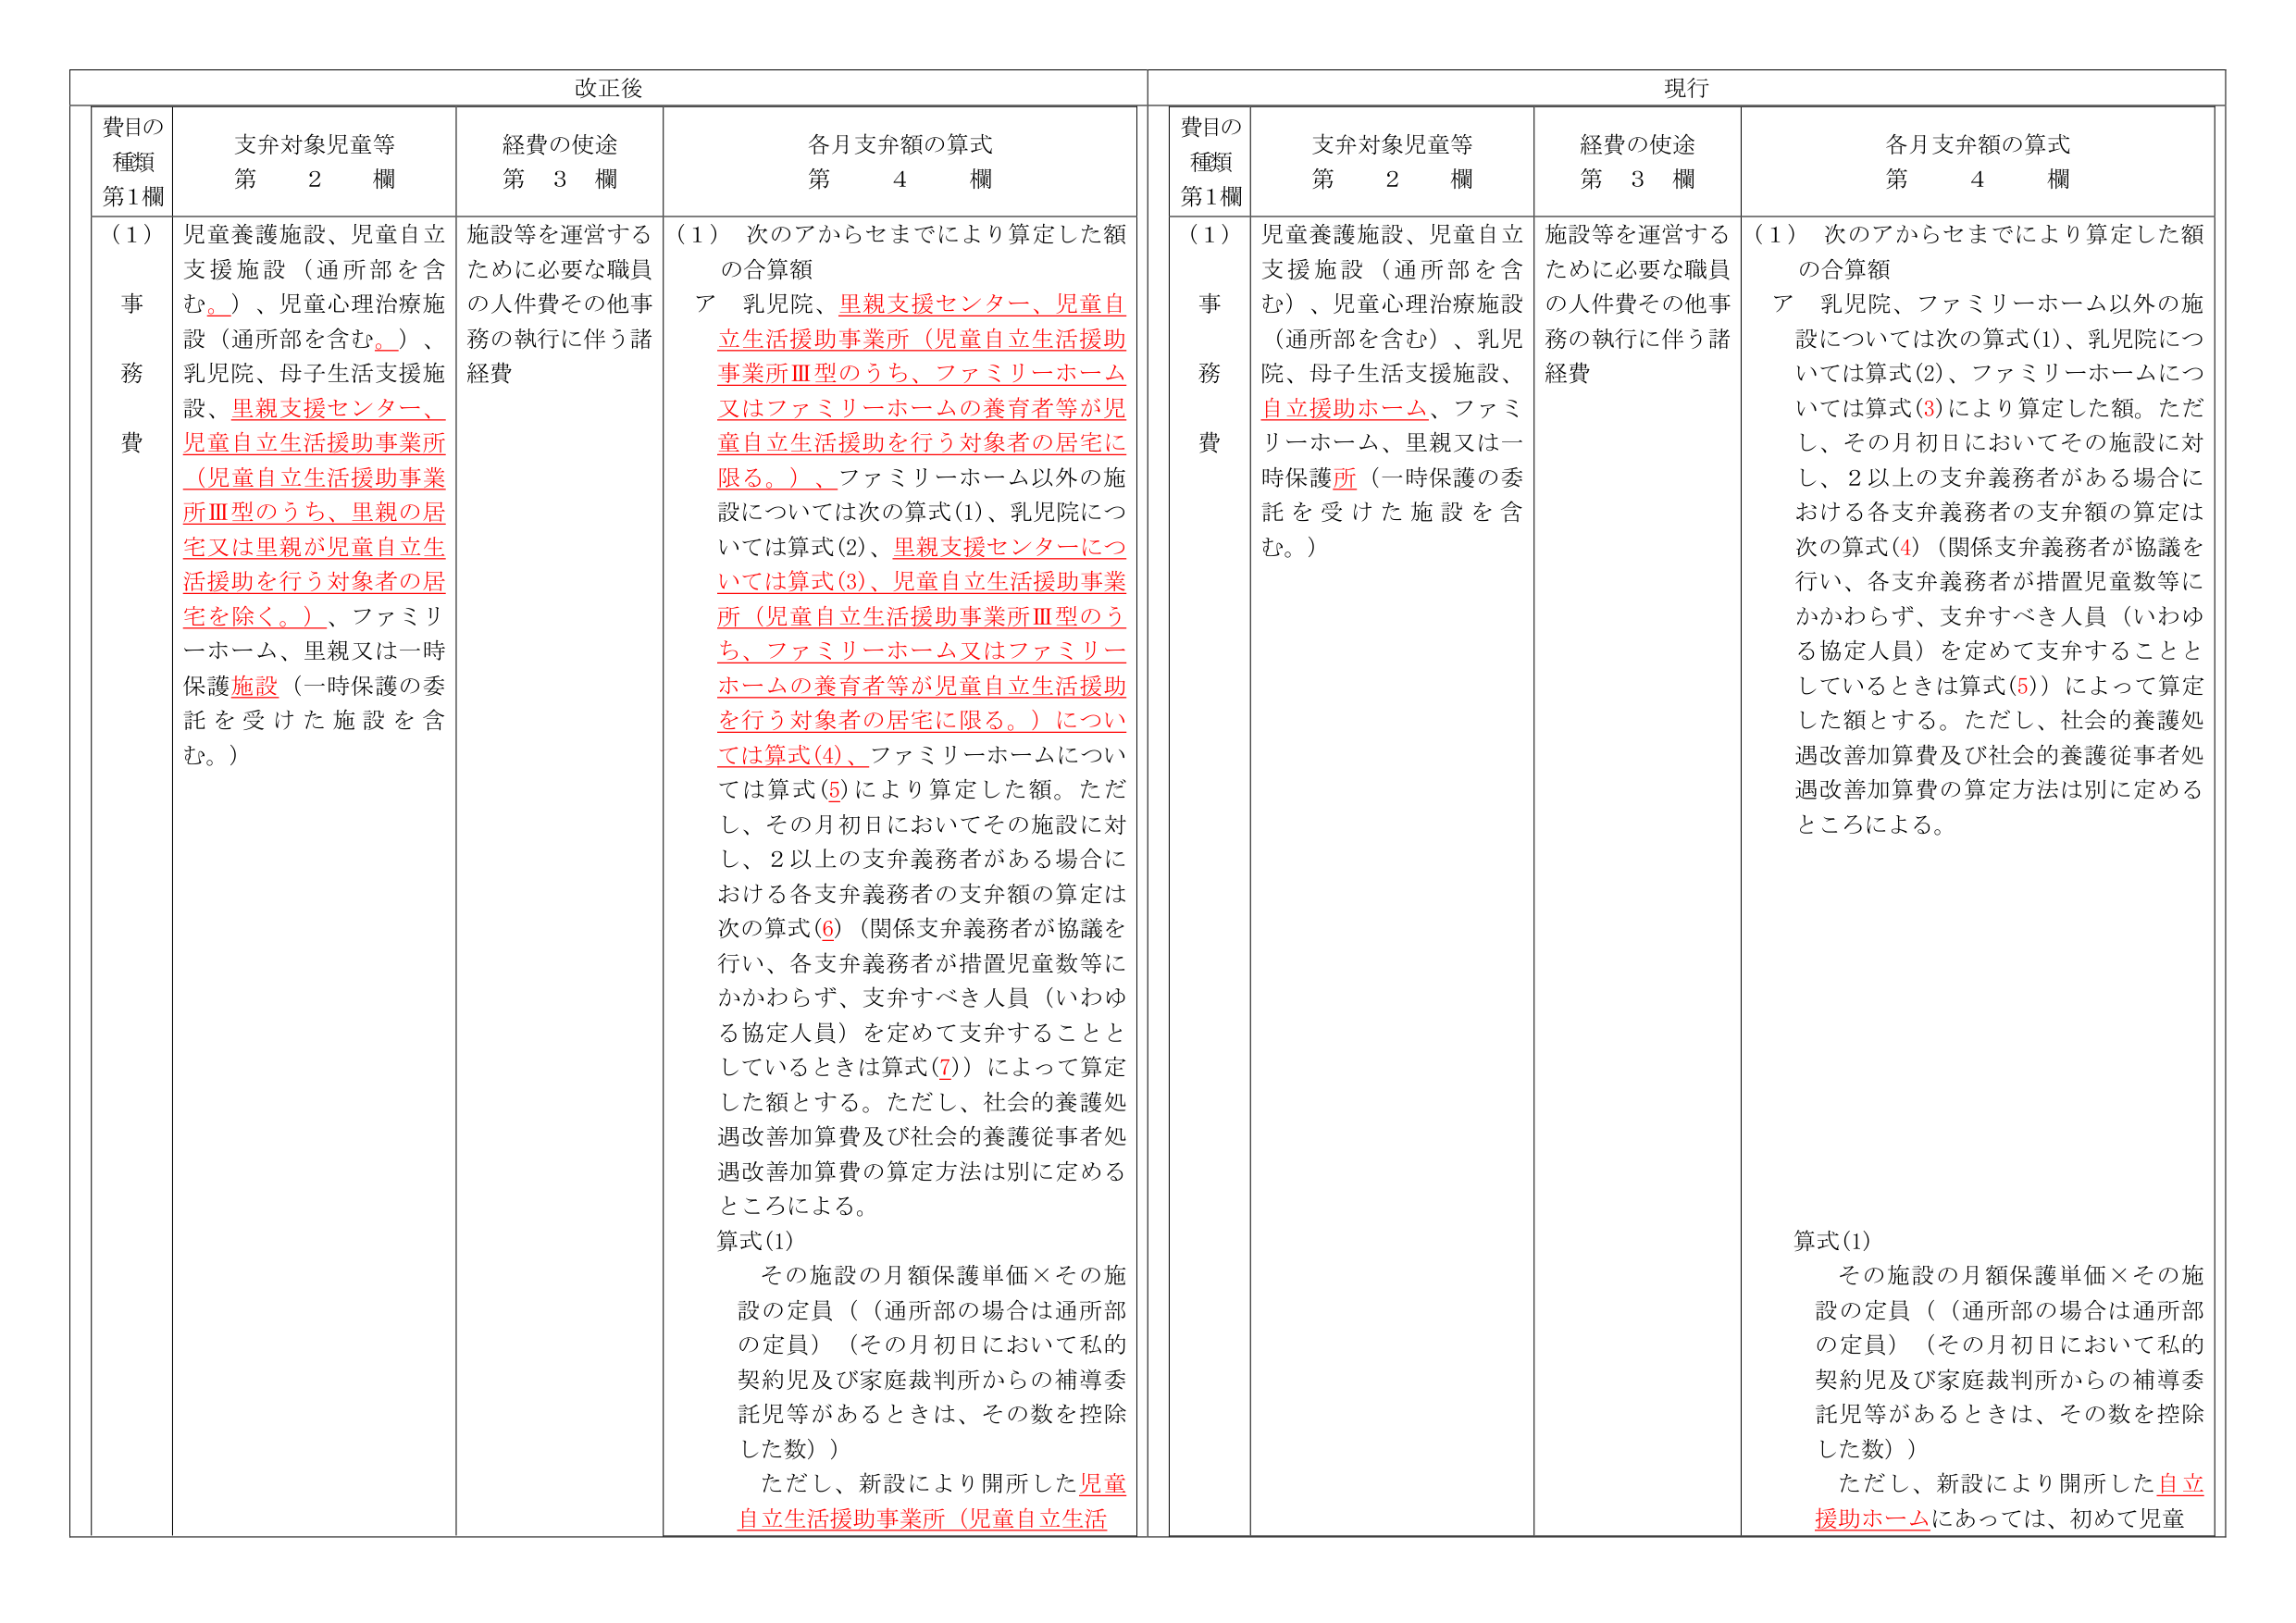
改正後

費目の種類 第1欄
（1） 事務費

支弁対象児童等 第2欄
児童養護施設、児童自立支援施設（通所部を含む。）、児童心理治療施設（通所部を含む。）、乳児院、母子生活支援施設、里親支援センター、児童自立生活援助事業所（児童自立生活援助事業所Ⅲ型のうち、里親の住宅又は里親が児童自立生活援助を行う対象者の住宅を除く。）、ファミリーホーム、里親又は一時保護施設（一時保護の委託を受けた施設を含む。）

経費の使途 第3欄
施設等を運営するために必要な職員の人件費その他事務の執行に伴う諸経費

各月支弁額の算式 第4欄
（1） 次のアからセまでにより算定した額の合算額
ア 乳児院、里親支援センター、児童自立生活援助事業所（児童自立生活援助事業所Ⅲ型のうち、ファミリーホーム又はファミリーホームの養育者等が児童自立生活援助を行う対象者の住宅に限る。）、ファミリーホーム以外の施設については次の算式(1)、乳児院については算式(2)、里親支援センターについては算式(3)、児童自立生活援助事業所（児童自立生活援助事業所Ⅲ型のうち、ファミリーホーム又はファミリーホームの養育者等が児童自立生活援助を行う対象者の住宅に限る。）については算式(4)、ファミリーホームについては算式(5)により算定した額。ただし、その月初日においてその施設に対し、2以上の支弁義務者がある場合における各支弁義務者の支弁額の算定は次の算式(6)（関係支弁義務者が協議を行い、各支弁義務者が措置児童数等にかかわらず、支弁すべき人員（いわゆる協定人員）を定めて支弁することとしているときは算式(7)）によって算定した額とする。ただし、社会的養護処遇改善加算費及び社会的養護従事者処遇改善加算費の算定方法は別に定めるところによる。

算式(1)
その施設の月額保護単価×その施設の定員（（通所部の場合は通所部の定員）（その月初日において私的契約児及び家庭裁判所からの補導委託児等があるときは、その数を控除した数））
ただし、新設により開所した児童自立生活援助事業所（児童自立生活

現行

費目の種類 第1欄
（1） 事務費

支弁対象児童等 第2欄
児童養護施設、児童自立支援施設（通所部を含む）、児童心理治療施設（通所部を含む）、乳児院、母子生活支援施設、自立援助ホーム、ファミリーホーム、里親又は一時保護所（一時保護の委託を受けた施設を含む。）

経費の使途 第3欄
施設等を運営するために必要な職員の人件費その他事務の執行に伴う諸経費

各月支弁額の算式 第4欄
（1） 次のアからセまでにより算定した額の合算額
ア 乳児院、ファミリーホーム以外の施設については次の算式(1)、乳児院については算式(2)、ファミリーホームについては算式(3)により算定した額。ただし、その月初日においてその施設に対し、2以上の支弁義務者がある場合における各支弁義務者の支弁額の算定は次の算式(4)（関係支弁義務者が協議を行い、各支弁義務者が措置児童数等にかかわらず、支弁すべき人員（いわゆる協定人員）を定めて支弁することとしているときは算式(5)）によって算定した額とする。ただし、社会的養護処遇改善加算費及び社会的養護従事者処遇改善加算費の算定方法は別に定めるところによる。

算式(1)
その施設の月額保護単価×その施設の定員（（通所部の場合は通所部の定員）（その月初日において私的契約児及び家庭裁判所からの補導委託児等があるときは、その数を控除した数））
ただし、新設により開所した自立援助ホームにあっては、初めて児童